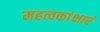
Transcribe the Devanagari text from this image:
महत्वकांक्षाएं